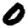
Digit: 0